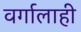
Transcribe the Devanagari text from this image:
वर्गालाही